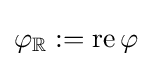
\varphi _{\mathbb {R} }:=\operatorname {re} \varphi